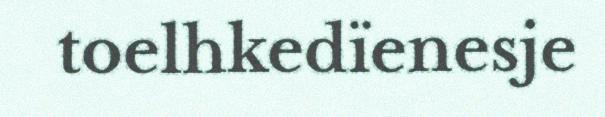
toelhkedïenesje